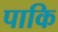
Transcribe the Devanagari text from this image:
पाकि